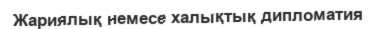
Жариялық немесе халықтық дипломатия